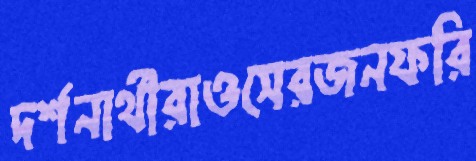
দর্শনার্থীরাওসেরজনফরি